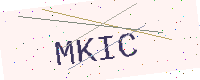
Text: MKIC